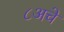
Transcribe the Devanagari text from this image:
८अचे